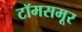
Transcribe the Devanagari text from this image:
टॉमसमूर